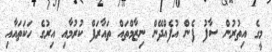
މީގެ އިތުރުން ސާފު ފެން އުފެއްދޭން ނިޒާމްތައް ތައާރަފް ކުރުމާއި އިރުގެ ހަކަތައާއި